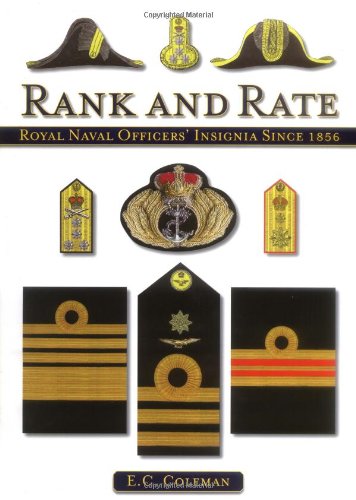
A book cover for Rank and Rate: Royal Navy Officers' Insignia Since 1856; E. C. Coleman; Crafts, Hobbies & Home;